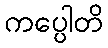
ကပ္ပေါတိ